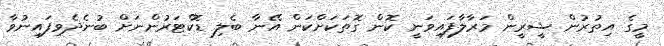
މީގެ އިތުރުން ޝީރީން މަރާލާފައިވަނީ ކޮން ގޮތަކަށްކަން އޭނާ ބެލި ޑޮކްޓަރުންނަށް ބުނެދެވިފައިނުވާ